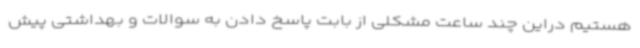
هستیم دراین چند ساعت مشکلی از بابت پاسخ دادن به سوالات و بهداشتی پیش